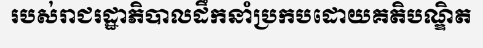
របស់រាជរដ្ឋាភិបាលដឹកនាំប្រកបដោយគតិបណ្ឌិត